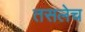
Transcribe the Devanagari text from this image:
तसलेच